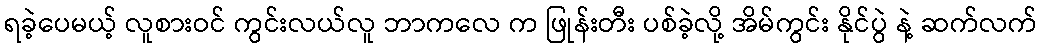
ရခဲ့ပေမယ့် လူစားဝင် ကွင်းလယ်လူ ဘာကလေ က ဖြုန်းတီး ပစ်ခဲ့လို့ အိမ်ကွင်း နိုင်ပွဲ နဲ့ ဆက်လက်